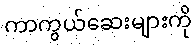
ကာကွယ်ဆေးများကို